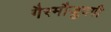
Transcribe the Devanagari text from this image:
गैरमौजुदगी